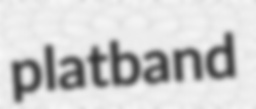
platband